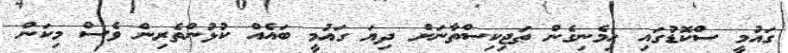
ގައުމީ ސްކޮޑުގައި ހިމެނިގެން ތަޖިކިސްތާނަށް ދިޔަ ގައުމީ ބައެއް ކުޅުންތެރިން ވެސް މިކަން